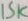
Text: 15K